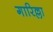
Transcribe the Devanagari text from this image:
गारिल्ला